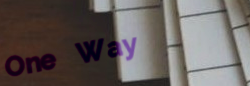
One Way